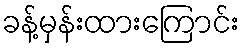
ခန့်မှန်းထားကြောင်း